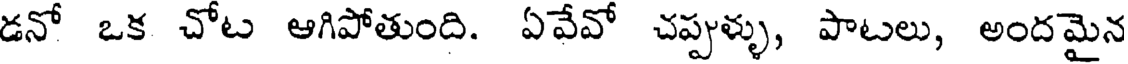
డనో ఒక చోట ఆగిపోతుంది. ఏవేవో చప్పుళ్ళు, పాటలు, అందమైన